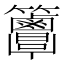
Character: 𥸖